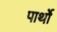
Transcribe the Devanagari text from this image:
पार्थो